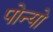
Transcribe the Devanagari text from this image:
पोन्यो